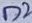
Text: D2